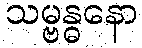
သမ္ဗန္ဓနော